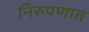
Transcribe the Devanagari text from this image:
निरुपणात